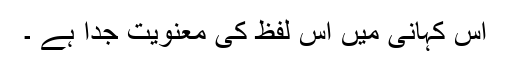
اس کہانی میں اس لفظ کی معنویت جدا ہے ۔